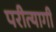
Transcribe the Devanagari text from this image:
परीत्यागी